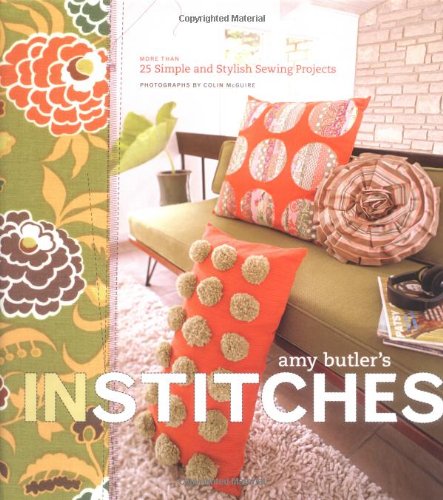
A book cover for Amy Butler's In Stitches: More Than 25 Simple and Stylish Sewing Projects; Amy Butler; Crafts, Hobbies & Home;